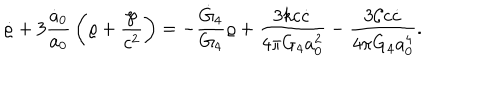
LaTeX: \dot { \varrho } + 3 { \frac { \dot { a } _ { 0 } } { a _ { 0 } } } \left( \varrho + { \frac { \wp } { c ^ { 2 } } } \right) = - { \frac { \dot { G } _ { 4 } } { G _ { 4 } } } \varrho + { \frac { 3 k c \dot { c } } { 4 \pi G _ { 4 } a _ { 0 } ^ { 2 } } } - { \frac { 3 { \cal C } c \dot { c } } { 4 \pi G _ { 4 } a _ { 0 } ^ { 4 } } } .